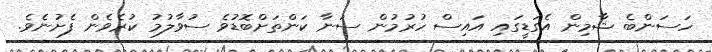
ހަސަންބެ ޝާމިން އެގަޑީގައި އައިސް ހުރުމުން ސަނާ ކަންތަށްބޮޑުވެ ސުވާލުމު ކުރެވެން ފެށުނެވެ.